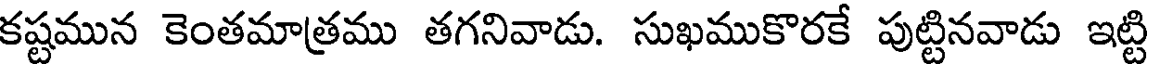
కష్టమున కెంతమాత్రము తగనివాడు. సుఖముకొరకే పుట్టినవాడు ఇట్టి